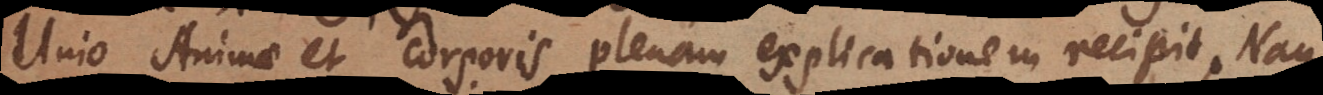
Unio Animae et Corporis plenam explicationem recipit. Nam